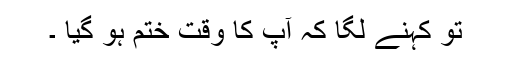
تو کہنے لگا کہ آپ کا وقت ختم ہو گیا ۔